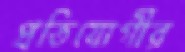
প্রতিযোগীর